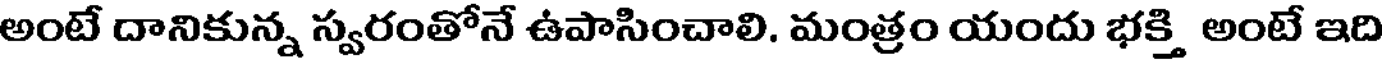
అంటే దానికున్న స్వరంతోనే ఉపాసించాలి. మంత్రం యందు భక్తి అంటే ఇది